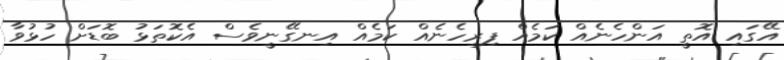
އޭގައި އޮތީ އަންހެނެއް ކަމެއް ފިރިހެނެއް ކަމެއް އިނގޭނީވެސް އެކޮތަޅު ބޮޑަށް ހުޅުވާ